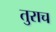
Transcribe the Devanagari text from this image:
तुराच